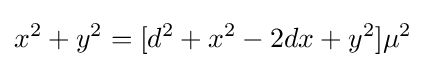
x^{2}+y^{2}=[d^{2}+x^{2}-2dx+y^{2}]\mu ^{2}